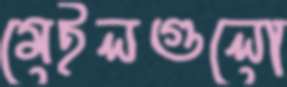
মেইলগুলো